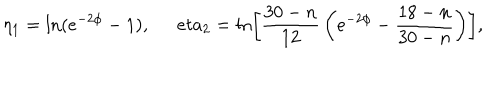
LaTeX: \eta _ { 1 } = \ln ( e ^ { - 2 \phi } - 1 ) , \ \, e t a _ { 2 } = \ln \left[ \frac { 3 0 - n } { 1 2 } \, \left( e ^ { - 2 \phi } - \frac { 1 8 - n } { 3 0 - n } \right) \right] ,